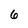
Character: 6